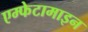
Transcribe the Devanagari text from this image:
एम्फेटामाइन